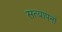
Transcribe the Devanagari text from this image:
सत्यापनों